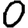
Digit: 0